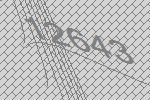
12643